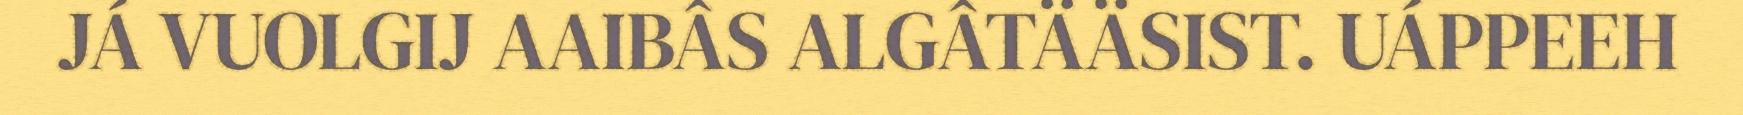
JÁ VUOLGIJ AAIBÂS ALGÂTÄÄSIST. UÁPPEEH